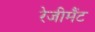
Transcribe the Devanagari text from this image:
रेजीमैंट